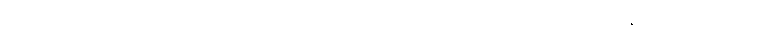
မားဘာ့ဂ် ရောဂါ စမ်းသပ် ကုသမှုတွေ စလုပ်နေပြီ ဖြစ်ပေမဲ့လည်း ရောဂါကုသနည်း ဒါမှမဟုတ်